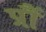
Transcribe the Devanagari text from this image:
प्रौं